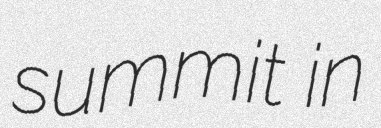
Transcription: summit in